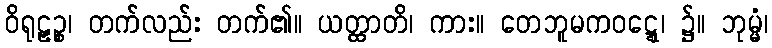
ဝိရုဠှဉ္စ၊ တက်လည်း တက်၏။ ယတ္ထာတိ၊ ကား။ တေဘူမကဝဋ္ဋေ၊ ၌။ ဘုမ္မံ၊